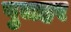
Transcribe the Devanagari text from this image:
पुजहर